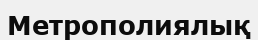
Метрополиялық